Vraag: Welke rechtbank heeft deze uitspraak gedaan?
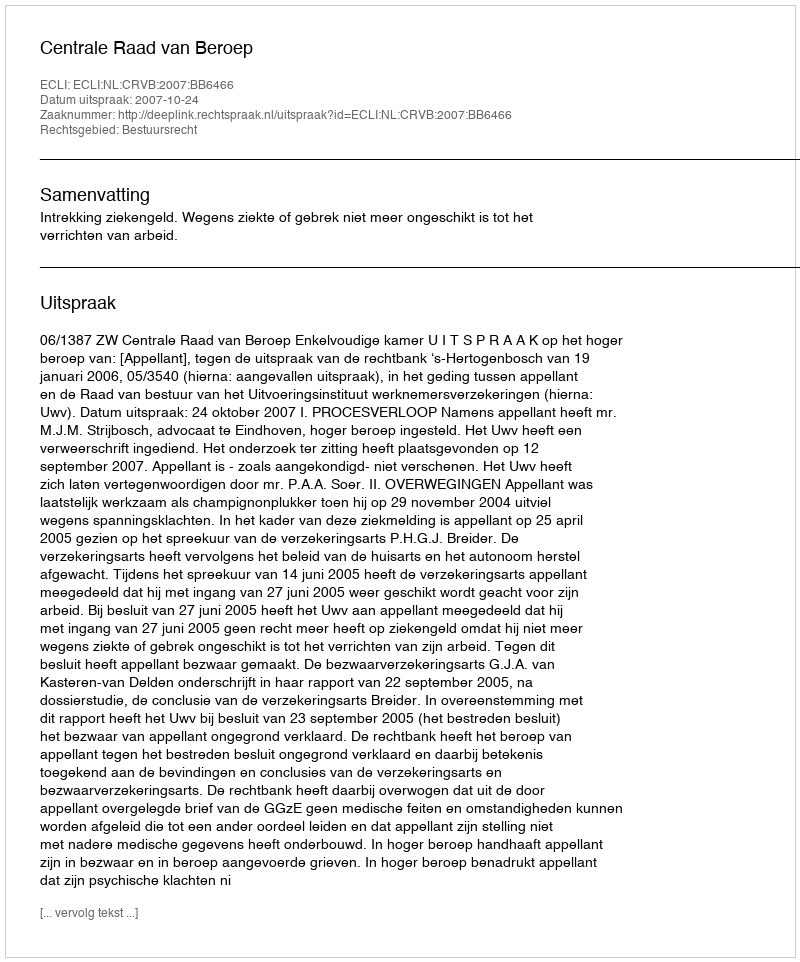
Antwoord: Centrale Raad van Beroep